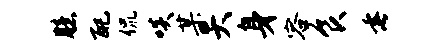
臆配侃啖某矢身容食垂